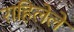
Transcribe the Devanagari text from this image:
राहिलेलें